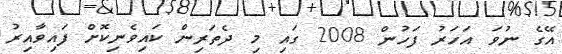
އޭގެ ނުވަ އަހަރު ފަހުން 2008 ގައި މި ދެތަރިން ކައިވެނިކޮށް ފައިވާއިރު